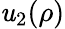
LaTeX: \mathit{u}_{2}(\rho)